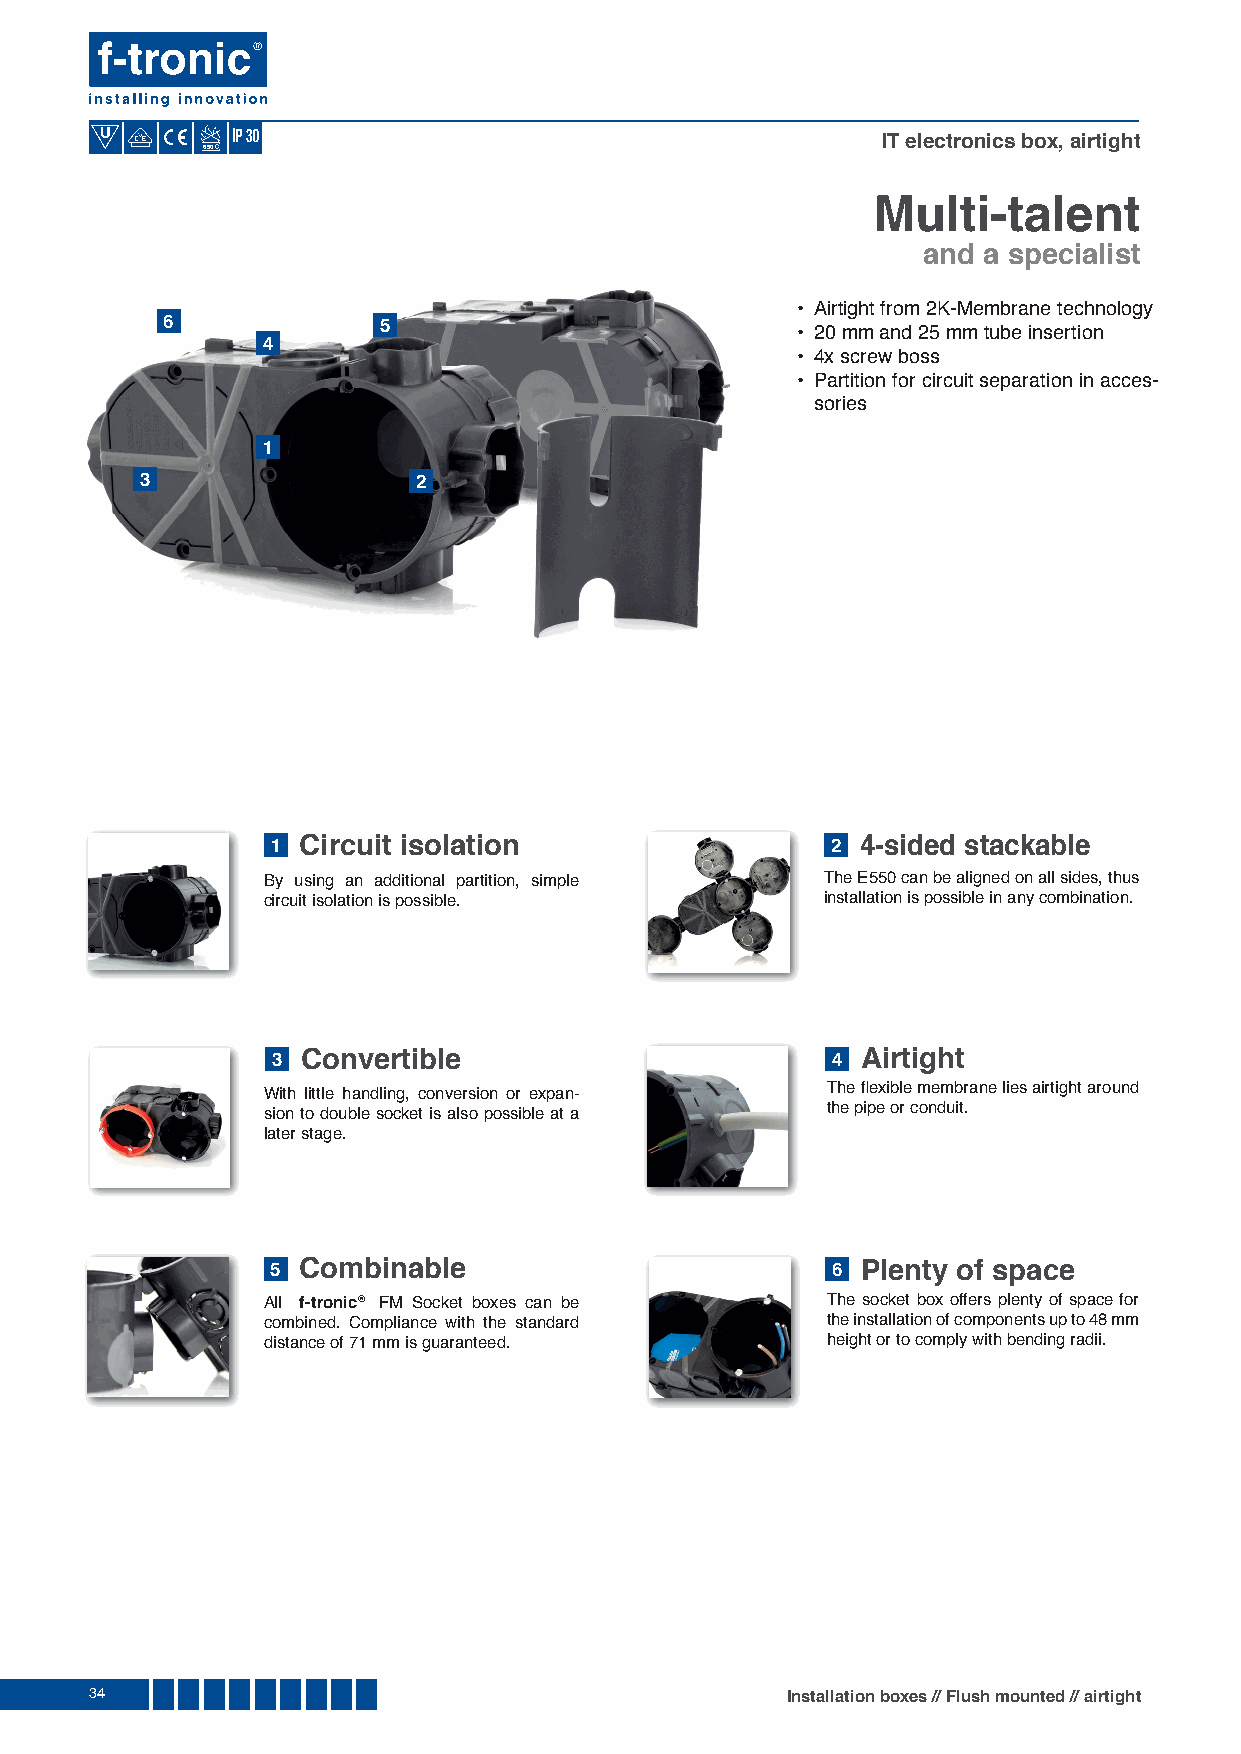
U
 IT electronics box, airtight
 650
 Multi-talent
 and a specialist
 • Airtight from 2K-Membrane technology
 6             5                           • 20 mm and 25 mm tube insertion
 4
 • 4x screw boss
 • Partition for circuit separation in acces-
 sories
 1
 3                  2
 1 Circuit isolation                  2 4-sided stackable
 By using an additional partition, simple The E550 can be aligned on all sides, thus
 circuit isolation is possible.        installation is possible in any combination.
 3 Convertible                        4 Airtight
 With little handling, conversion or expan- The fl exible membrane lies airtight around
 sion to double socket is also possible at a the pipe or conduit.
 later stage.
 5 Combinable                         6 Plenty of space
 All f-tronic® FM Socket boxes can be  The socket box offers plenty of space for
 combined. Compliance with the standard the installation of components up to 48 mm
 distance of 71 mm is guaranteed.      height or to comply with bending radii.
 34                                            Installation boxes // Flush mounted // airtight